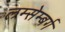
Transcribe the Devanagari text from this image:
लम्सेम्बर्ग